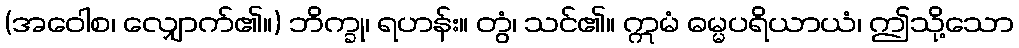
(အဝေါစ၊ လျှောက်၏။) ဘိက္ခု၊ ရဟန်း။ တွံ၊ သင်၏။ ဣမံ ဓမ္မပရိယာယံ၊ ဤသို့သော